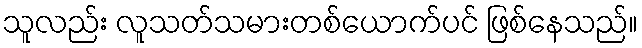
သူလည်း လူသတ်သမားတစ်ယောက်ပင် ဖြစ်နေသည်။